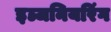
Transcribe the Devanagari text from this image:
इञ्जनियरिंग